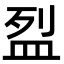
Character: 𥁟